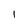
Character: 1